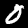
Digit: 0